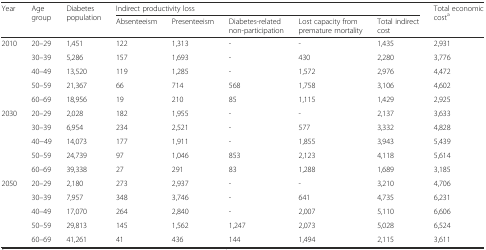
| <ROWSPAN=2> Year | <ROWSPAN=2> Age group | <ROWSPAN=2> Diabetes population | <COLSPAN=5> Indirect productivity loss | <ROWSPAN=2> Total economic costa |
 | Absenteeism | Presenteeism | Diabetes-related non-participation | Lost capacity from premature mortality | Total indirect cost |
 | --- | --- | --- | --- | --- | --- | --- | --- | --- |
 | <ROWSPAN=5> 2010 | 20–29 | 1,451 | 122 | 1,313 | - | - | 1,435 | 2,931 |
 | 30–39 | 5,286 | 157 | 1,693 | - | 430 | 2,280 | 3,776 |
 | 40–49 | 13,520 | 119 | 1,285 | - | 1,572 | 2,976 | 4,472 |
 | 50–59 | 21,367 | 66 | 714 | 568 | 1,758 | 3,106 | 4,602 |
 | 60–69 | 18,956 | 19 | 210 | 85 | 1,115 | 1,429 | 2,925 |
 | <ROWSPAN=5> 2030 | 20–29 | 2,028 | 182 | 1,955 | - | - | 2,137 | 3,633 |
 | 30–39 | 6,954 | 234 | 2,521 | - | 577 | 3,332 | 4,828 |
 | 40−49 | 14,073 | 177 | 1,911 | - | 1,855 | 3,943 | 5,439 |
 | 50–59 | 24,739 | 97 | 1,046 | 853 | 2,123 | 4,118 | 5,614 |
 | 60–69 | 39,338 | 27 | 291 | 83 | 1,288 | 1,689 | 3,185 |
 | <ROWSPAN=5> 2050 | 20–29 | 2,180 | 273 | 2,937 | - | - | 3,210 | 4,706 |
 | 30–39 | 7,957 | 348 | 3,746 | - | 641 | 4,735 | 6,231 |
 | 40–49 | 17,070 | 264 | 2,840 | - | 2,007 | 5,110 | 6,606 |
 | 50–59 | 29,813 | 145 | 1,562 | 1,247 | 2,073 | 5,028 | 6,524 |
 | 60–69 | 41,261 | 41 | 436 | 144 | 1,494 | 2,115 | 3,611 |